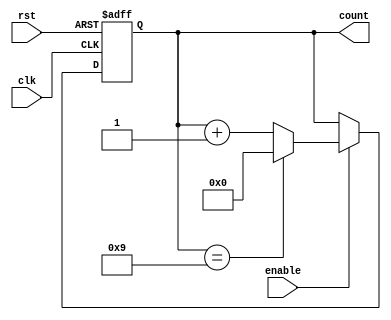
module ModulusCounter #(
    parameter N = 10  // Modulus value, default is 10
)(
    input wire clk,        // Clock input
    input wire rst,        // Asynchronous reset
    input wire enable,     // Enable signal to control counting
    output reg [$clog2(N)-1:0] count // N-bit wide output count
);

    // Ensure the modulus value is greater than zero
    initial begin
        if (N <= 0) begin
            $error("Modulus value N must be greater than zero.");
            $finish;
        end
    end

    // Always block triggered on the rising edge of the clock
    always @(posedge clk or posedge rst) begin
        if (rst) begin
            // Reset the counter to 0
            count <= 0;
        end else if (enable) begin
            // Increment the counter if enabled
            if (count == (N-1)) begin
                count <= 0; // Reset to 0 after reaching modulus value
            end else begin
                count <= count + 1; // Increment count
            end
        end
    end

endmodule